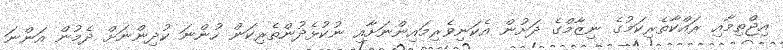
އިޖްތިމާއި ރައްކާތެރިކަމުގެ ނިޒާމްގެ ދަށުން އެކަނިވެރިމައިންނަށާއި ނުކުޅެދުންތެރިކަން ހުންނަ ކުދިންނަށް ދެމުން އަންނަ